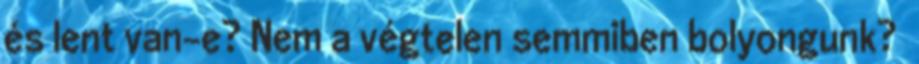
és lent van-e? Nem a végtelen semmiben bolyongunk?